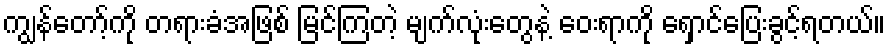
ကျွန်တော့်ကို တရားခံအဖြစ် မြင်ကြတဲ့ မျက်လုံးတွေနဲ့ ဝေးရာကို ရှောင်ပြေးခွင့်ရတယ်။